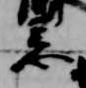
忌